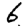
Digit: 6